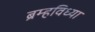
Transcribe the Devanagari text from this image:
ब्रम्हविध्या